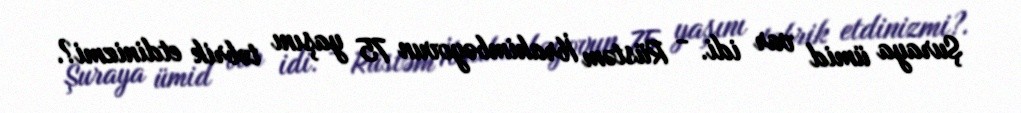
Şuraya ümid var idi. - Rüstəm İbrahimbəyovun 75 yaşını təbrik etdinizmi?.